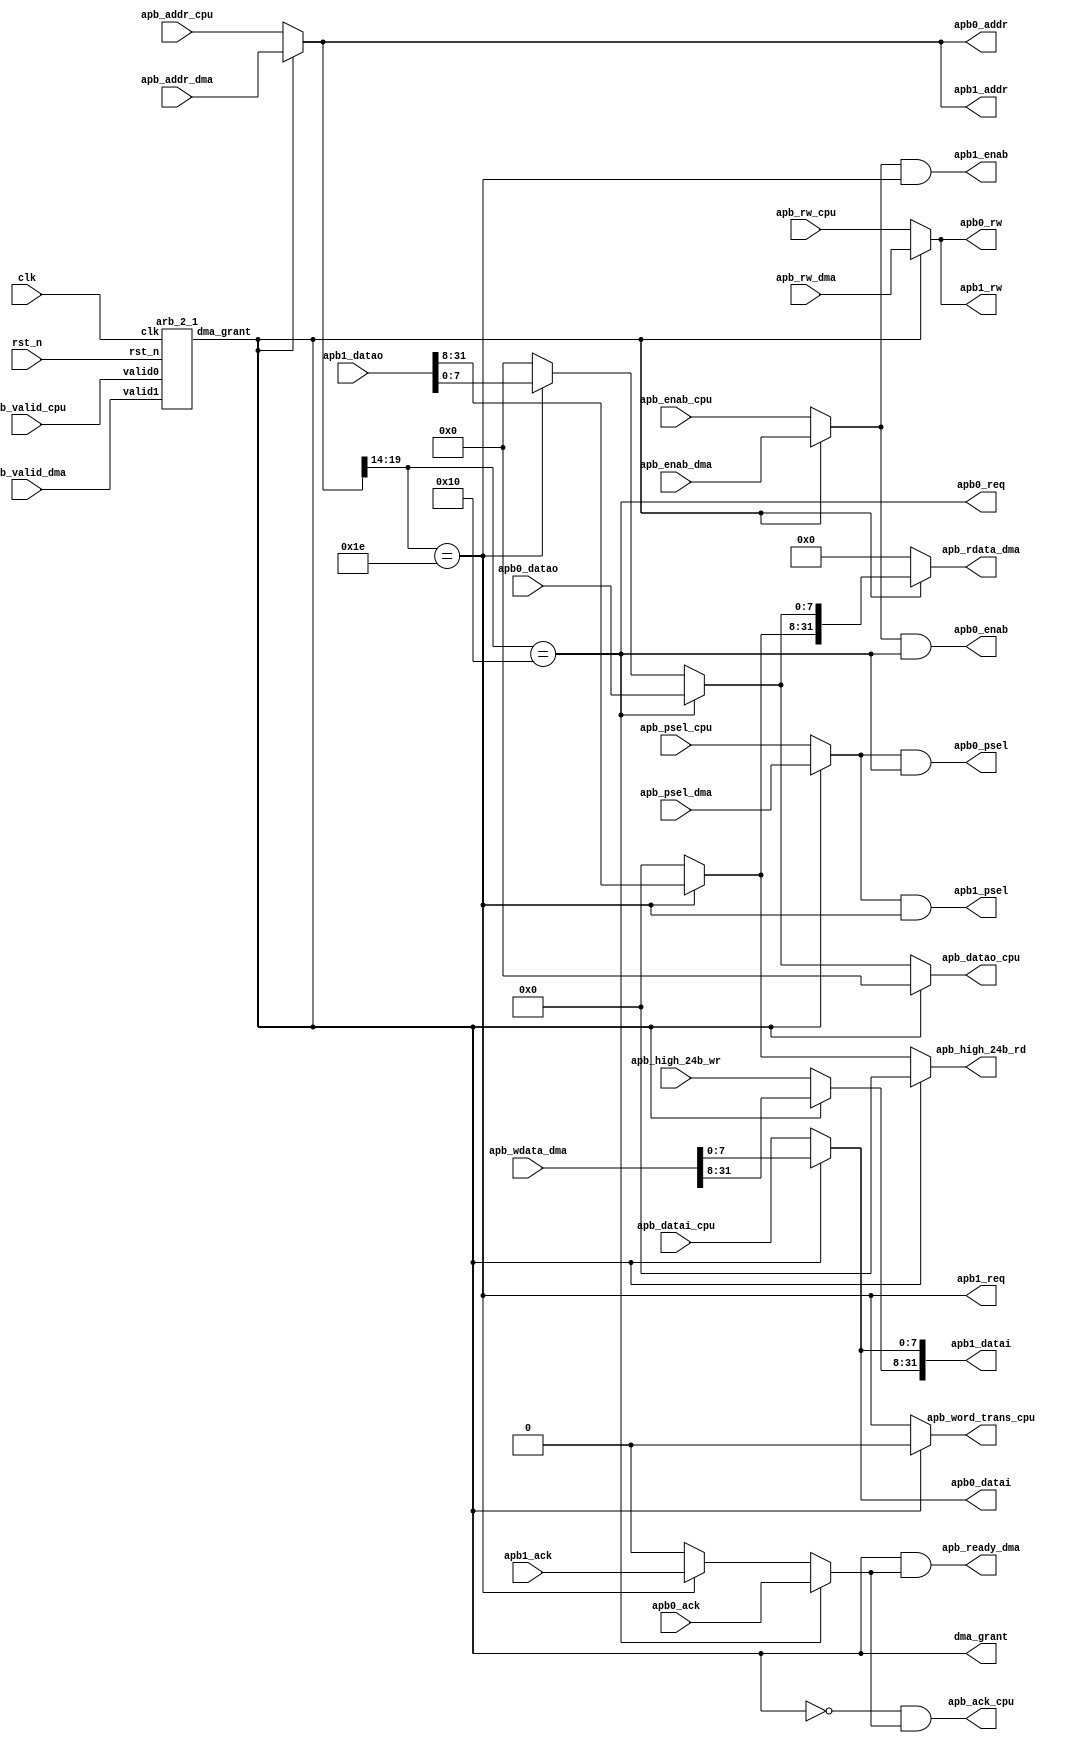
/*------------------------------------------------------------------------------
--------------------------------------------------------------------------------
Copyright (c) 2016, Loongson Technology Corporation Limited.

All rights reserved.

Redistribution and use in source and binary forms, with or without modification,
are permitted provided that the following conditions are met:

1. Redistributions of source code must retain the above copyright notice, this 
list of conditions and the following disclaimer.

2. Redistributions in binary form must reproduce the above copyright notice, 
this list of conditions and the following disclaimer in the documentation and/or
other materials provided with the distribution.

3. Neither the name of Loongson Technology Corporation Limited nor the names of 
its contributors may be used to endorse or promote products derived from this 
software without specific prior written permission.

THIS SOFTWARE IS PROVIDED BY THE COPYRIGHT HOLDERS AND CONTRIBUTORS "AS IS" AND 
ANY EXPRESS OR IMPLIED WARRANTIES, INCLUDING, BUT NOT LIMITED TO, THE IMPLIED 
WARRANTIES OF MERCHANTABILITY AND FITNESS FOR A PARTICULAR PURPOSE ARE 
DISCLAIMED. IN NO EVENT SHALL LOONGSON TECHNOLOGY CORPORATION LIMITED BE LIABLE
TO ANY PARTY FOR DIRECT, INDIRECT, INCIDENTAL, SPECIAL, EXEMPLARY, OR 
CONSEQUENTIAL DAMAGES (INCLUDING, BUT NOT LIMITED TO, PROCUREMENT OF SUBSTITUTE 
GOODS OR SERVICES; LOSS OF USE, DATA, OR PROFITS; OR BUSINESS INTERRUPTION) 
HOWEVER CAUSED AND ON ANY THEORY OF LIABILITY, WHETHER IN CONTRACT, STRICT 
LIABILITY, OR TORT (INCLUDING NEGLIGENCE OR OTHERWISE) ARISING IN ANY WAY OUT OF
THE USE OF THIS SOFTWARE, EVEN IF ADVISED OF THE POSSIBILITY OF SUCH DAMAGE.
--------------------------------------------------------------------------------
------------------------------------------------------------------------------*/

`define APB_DEV0  6'h10
`define APB_DEV1  6'h1e
module apb_mux2 (
clk,
rst_n,
apb_ack_cpu,
apb_rw_cpu,
apb_psel_cpu,
apb_enab_cpu,
apb_addr_cpu,
apb_datai_cpu,
apb_datao_cpu,
apb_high_24b_rd,
apb_high_24b_wr,
apb_word_trans_cpu,

apb_ready_dma,
apb_rw_dma,
apb_psel_dma,
apb_enab_dma,
apb_addr_dma,
apb_wdata_dma,
apb_rdata_dma,
apb_valid_dma,
apb_valid_cpu,
dma_grant,

apb0_req,
apb0_ack,
apb0_rw,
apb0_psel,
apb0_enab,
apb0_addr,
apb0_datai,
apb0_datao,

apb1_req,
apb1_ack,
apb1_rw,
apb1_psel,
apb1_enab,
apb1_addr,
apb1_datai,
apb1_datao
);

parameter ADDR_APB = 20,
          DATA_APB = 8,
          DATA_APB_32 = 32;
input                   clk,rst_n;
output                  apb_ready_dma;
input                   apb_rw_dma;
input                   apb_psel_dma;
input                   apb_enab_dma;
input [ADDR_APB-1:0]    apb_addr_dma;
input [31:0]            apb_wdata_dma;
output[31:0]            apb_rdata_dma;
output                  dma_grant;
input                   apb_valid_dma;
input                   apb_valid_cpu;

output                  apb_ack_cpu;
input                   apb_rw_cpu;
input                   apb_psel_cpu;
input                   apb_enab_cpu;
input [ADDR_APB-1:0]    apb_addr_cpu;
input [DATA_APB-1:0]    apb_datai_cpu;
output[DATA_APB-1:0]    apb_datao_cpu;
output [23:0]           apb_high_24b_rd;
input [23:0]            apb_high_24b_wr;

output                  apb_word_trans_cpu;
output                  apb0_req;
input                   apb0_ack;
output                  apb0_rw;
output                  apb0_psel;
output                  apb0_enab;
output[ADDR_APB-1:0]    apb0_addr;
output[DATA_APB-1:0]    apb0_datai;
input [DATA_APB-1:0]    apb0_datao;

output                  apb1_req;
input                   apb1_ack;
output                  apb1_rw;
output                  apb1_psel;
output                  apb1_enab;
output[ADDR_APB-1:0]    apb1_addr;
output[31:0]            apb1_datai;
input [31:0]            apb1_datao;

wire                    apb_ack; 
wire                    apb_rw;
wire                    apb_psel;
wire                    apb_enab;
wire [ADDR_APB-1:0]     apb_addr;
wire [DATA_APB-1:0]     apb_datai;
wire [23:0]high_24b_wr;
wire [23:0]high_24b_rd;
wire [7:0]apb_datao ;
wire dma_grant;

arb_2_1 arb_2_1(.clk(clk), .rst_n(rst_n), .valid0(apb_valid_cpu), .valid1(apb_valid_dma), .dma_grant(dma_grant));

assign apb_addr         = dma_grant ? apb_addr_dma:apb_addr_cpu; 
assign apb_rw           = dma_grant ? apb_rw_dma:apb_rw_cpu; 
assign apb_psel         = dma_grant ? apb_psel_dma:apb_psel_cpu; 
assign apb_enab         = dma_grant ? apb_enab_dma:apb_enab_cpu; 
assign apb_datai        = dma_grant ? apb_wdata_dma[7:0]:apb_datai_cpu; 
assign high_24b_wr      = dma_grant ? apb_wdata_dma[31:8]:apb_high_24b_wr;  
assign high_24b_rd      = apb1_req  ? apb1_datao[31:8] :  24'h0;

assign apb_word_trans_cpu = dma_grant  ? 1'h0: apb1_req;

assign apb_high_24b_rd    = dma_grant  ? 24'h0: high_24b_rd;
assign apb_datao_cpu      = dma_grant  ? 8'h0:  apb_datao;
assign apb_rdata_dma      = dma_grant  ? {high_24b_rd,apb_datao }:32'h0;
assign apb_ack_cpu        = ~dma_grant & apb_ack;
assign apb_ready_dma      = dma_grant  & apb_ack;

assign apb0_req =  (apb_addr[ADDR_APB-1:14] ==`APB_DEV0);
assign apb1_req = (apb_addr[ADDR_APB-1:14] ==`APB_DEV1);

assign apb0_psel = apb_psel && apb0_req ;
assign apb1_psel = apb_psel && apb1_req;

assign apb0_enab = apb_enab && apb0_req ;
assign apb1_enab = apb_enab && apb1_req;

assign apb_ack = apb0_req ? apb0_ack : 
                 apb1_req ? apb1_ack : 
                 1'b0;

assign apb_datao = apb0_req ? apb0_datao : 
                   apb1_req ? apb1_datao[7:0] : 
                   8'b0;



assign apb0_addr  = apb_addr;
assign apb0_datai = apb_datai;
assign apb0_rw    = apb_rw;

assign apb1_addr  = apb_addr;
assign apb1_datai = {high_24b_wr,apb_datai};
assign apb1_rw    = apb_rw;

endmodule

module arb_2_1( clk, rst_n,  valid0, valid1, dma_grant);
input   clk;
input   rst_n;
input valid0;
input valid1;
output dma_grant;
reg dma_grant; 

always @(posedge clk)
  if(~rst_n)
    dma_grant<= 1'b0;
  else if(valid0&&~valid1)
    dma_grant<= 1'b0;
  else if(valid1&&~valid0)
    dma_grant<= 1'b1;
  else if(valid0&&valid1&&~dma_grant)
    dma_grant<= 1'b0;
  else if(valid0&&valid1&&dma_grant)
    dma_grant<= 1'b1;
  else dma_grant<= 1'b0;

endmodule